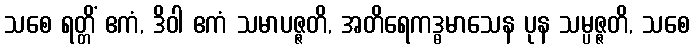
သစေ ရတ္တိံ ဧကံ, ဒိဝါ ဧကံ သမာပဇ္ဇတိ, အတိရေကဒ္ဓမာသေန ပုန သမ္ပဇ္ဇတိ, သစေ